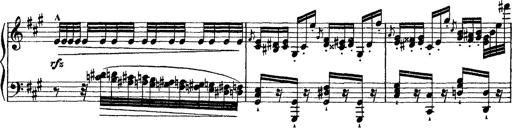
Title: Grande fantasie di bravura sur La clochette
Composer: Franz Liszt
Key: A minor